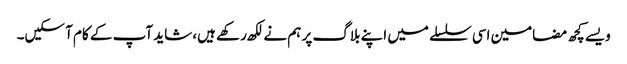
ویسے کچھ مضامین اسی سلسلے میں اپنے بلاگ پر ہم نے لکھ رکھے ہیں، شاید آپ کے کام آ سکیں۔